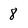
Character: 8